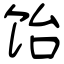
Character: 饴